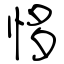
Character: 恀